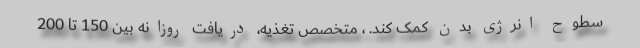
سطوح انرژی بدن کمک کند. ، متخصص تغذیه، دریافت روزانه بین 150 تا 200